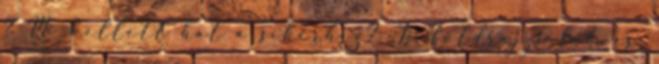
? Mi kellett hát a sikerhez? Jó földrajzi fekvés,